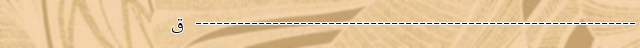
--------------------------------------------------------------- ق